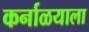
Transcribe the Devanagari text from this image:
कर्नाळयाला